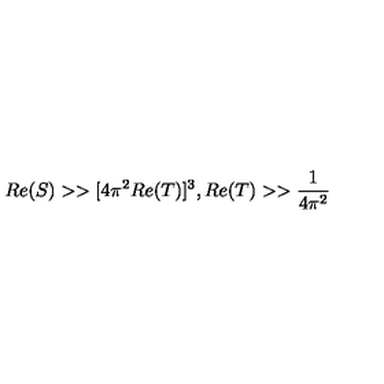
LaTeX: R e ( S ) > > [ 4 \pi ^ { 2 } R e ( T ) ] ^ { 3 } , R e ( T ) > > \frac { 1 } { 4 \pi ^ { 2 } }